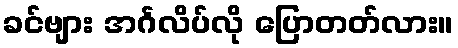
ခင်ဗျား အင်္ဂလိပ်လို ပြောတတ်လား။